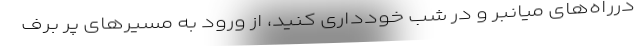
درراه‌های میانبر و در شب خودداری کنید، از ورود به مسیر‌های پر برف